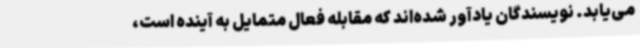
می‌یابد. نویسندگان یادآور شده‌اند که مقابله فعال متمایل به آینده است،